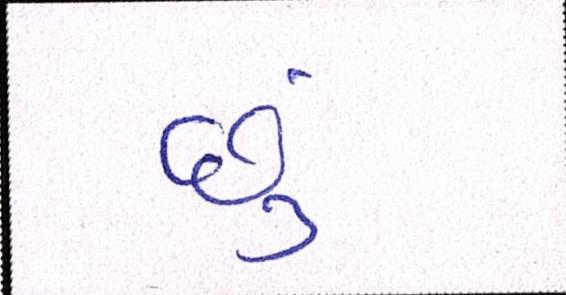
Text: છું